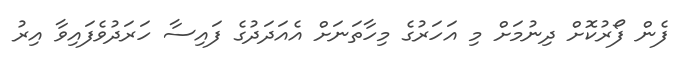
ފެން ފޯރުކޮށް ދިނުމަށް މި އަހަރުގެ މިހާތަނަށް އެއަދަދުގެ ފައިސާ ހަރަދުވެފައިވާ އިރު